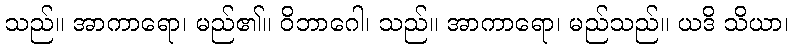
သည်။ အာကာရော၊ မည်၏။ ဝိဘာဂေါ၊ သည်။ အာကာရော၊ မည်သည်။ ယဒိ သိယာ၊